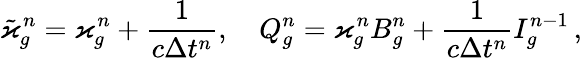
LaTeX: \tilde{\varkappa}_{g}^{n}=\varkappa_{g}^{n}+\frac{1}{c\Delta t^{n}},\quad Q_{g}^{n}=\varkappa_{g}^{n}B_{g}^{n}+\frac{1}{c\Delta t^{n}}I_{g}^{n-1}\, ,